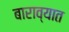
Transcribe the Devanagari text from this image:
बाराव्यात